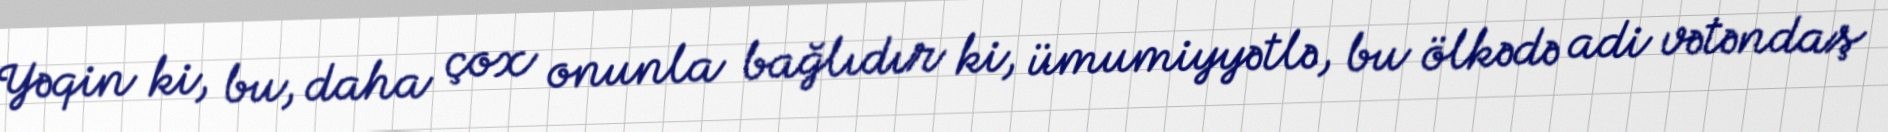
Yəqin ki, bu, daha çox onunla bağlıdır ki, ümumiyyətlə, bu ölkədə adi vətəndaş